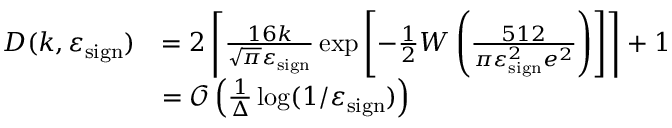
\begin{array} { r l } { D ( k , \varepsilon _ { \mathrm { s i g n } } ) } & { = 2 \left\lceil \frac { 1 6 k } { \sqrt { \pi } \varepsilon _ { \mathrm { s i g n } } } \exp \left[ - \frac { 1 } { 2 } W \left( \frac { 5 1 2 } { \pi \varepsilon _ { \mathrm { s i g n } } ^ { 2 } e ^ { 2 } } \right) \right] \right\rceil + 1 } \\ & { = \mathcal { O } \left( \frac { 1 } { \Delta } \log ( 1 / \varepsilon _ { \mathrm { s i g n } } ) \right) } \end{array}